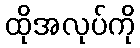
ထိုအလုပ်ကို